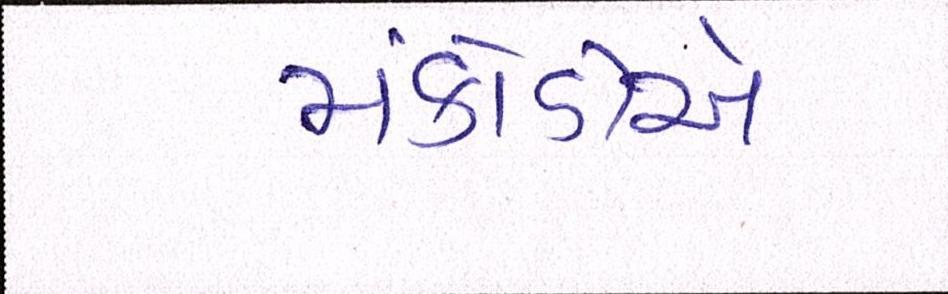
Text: મંકોડીએ